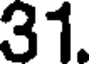
31.